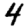
Digit: 4